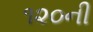
૧૨૦ની